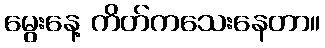
မွေးနေ့ ကိတ်ကသေးနေတာ။